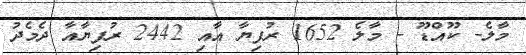
މާލެ- ކޫއްޑޫ - މާލެ 1652 ރުފިޔާ އާއި 2442 ރުފިޔާއާ ދެމެދު